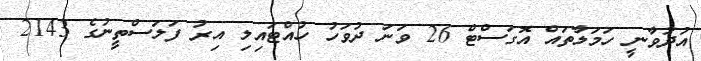
އުދުވާނީ ހަމަލާތައް އޮގަސްޓް 26 ވަނަ ދުވަހު ހުއްޓައިލި އިރު ފަލަސްތީނުގެ 2143